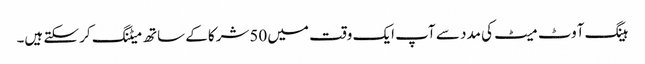
ہینگ آوٹ میٹ کی مدد سے آپ ایک وقت میں 50شرکا کے ساتھ میٹنگ کر سکتے ہیں۔